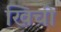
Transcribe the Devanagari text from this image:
खिची